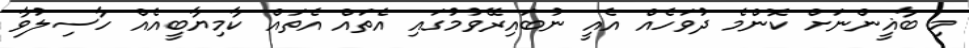
މި ބާޣީންނަށް ކޮންމެ ދުވަހެއް އެއީ ނުބައިރޭވުމުގައި އެތައް އެތައް ކާމިޔާބީއެއް ހާސިލުވާ